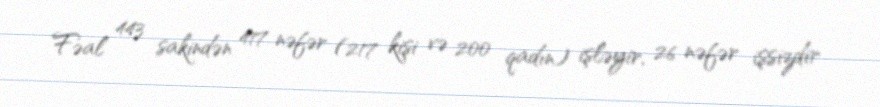
Fəal 443 sakindən 417 nəfər (217 kişi və 200 qadın) işləyir, 26 nəfər işsizdir